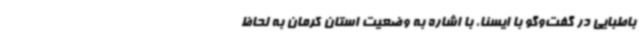
باطبایی در گفت‌وگو با ایسنا، با اشاره به وضعیت استان کرمان به لحاظ